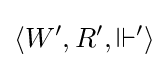
\langle W',R',\Vdash '\rangle